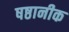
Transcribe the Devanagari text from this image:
षष्ठानीक